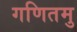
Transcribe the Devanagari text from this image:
गणितमु